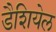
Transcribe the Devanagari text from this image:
डैशियेल